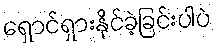
ရှောင်ရှားနိုင်ခဲ့ခြင်းပါပဲ